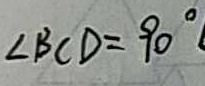
\angle B C D = 9 0 ^ { \circ }